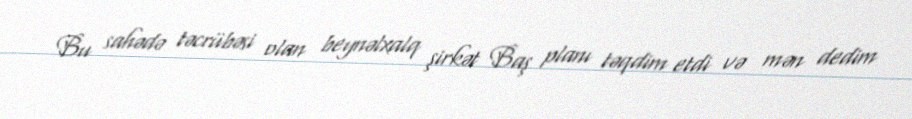
Bu sahədə təcrübəsi olan beynəlxalq şirkət Baş planı təqdim etdi və mən dedim